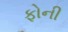
ફોની